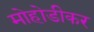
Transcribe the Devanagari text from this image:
मोहोडीकर